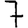
Digit: 7